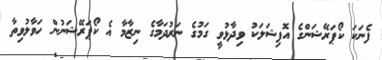
ފެނަކަ ކޯޕަރޭޝަންގެ އޮފިޝަލަކު ވިދާޅުވީ ގަމުގެ ނަރުދަމާގެ ނިޒާމާ އެ ކޯޕަރޭޝަނުން ހަވާލުވިތާ